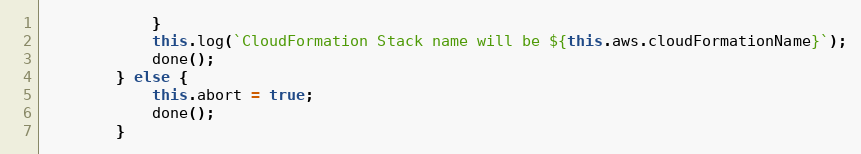
Language: JavaScript
            }
            this.log(`CloudFormation Stack name will be ${this.aws.cloudFormationName}`);
            done();
        } else {
            this.abort = true;
            done();
        }